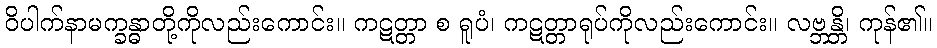
ဝိပါက်နာမက္ခန္ဓာတို့ကိုလည်းကောင်း။ ကဋတ္တာ စ ရူပံ၊ ကဋတ္တာရုပ်ကိုလည်းကောင်း။ လဗ္ဘန္တိ၊ ကုန်၏။